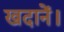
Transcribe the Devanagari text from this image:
खदानें।